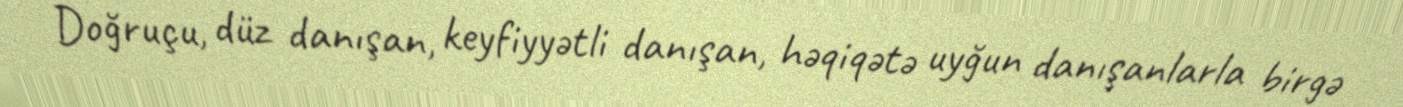
Doğruçu, düz danışan, keyfiyyətli danışan, həqiqətə uyğun danışanlarla birgə